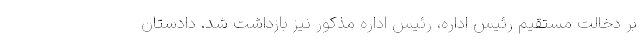
بر دخالت مستقیم رئیس اداره، رئیس اداره مذکور نیز بازداشت شد. دادستان